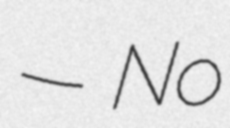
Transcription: — No